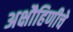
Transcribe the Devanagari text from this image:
अक्षौहिणीचे